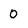
Character: o